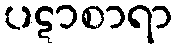
ပဋာစာရာ